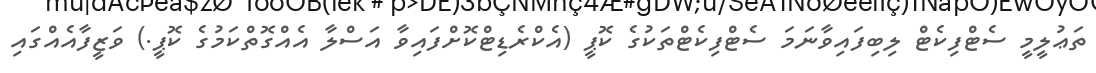
ތަޢުލީމީ ސެޓްފިކެޓް ލިބިފައިވާނަމަ ސެޓްފިކެޓްތަކުގެ ކޮޕީ (އެކްރެޑިޓްކޮށްފައިވާ އަސްލާ އެއްގޮތްކަމުގެ ކޮޕީ.) ވަޒީފާއެއްގައި